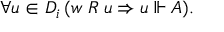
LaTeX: \forall u \in D _ { i } \, ( w \; R \; u \Rightarrow u \Vdash A ) .